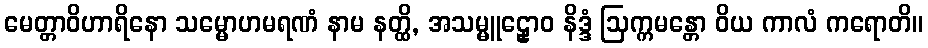
မေတ္တာဝိဟာရိနော သမ္မောဟမရဏံ နာမ နတ္ထိ, အသမ္မူဠှောဝ နိဒ္ဒံ ဩက္ကမန္တော ဝိယ ကာလံ ကရောတိ။